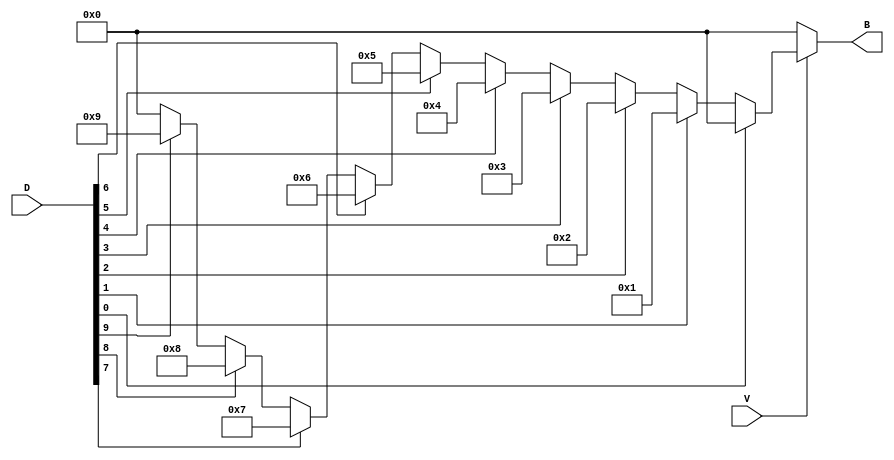
module DecimalToBinaryEncoder (
    input wire [9:0] D, // 10 input lines D0 to D9
    input wire V,       // Valid input signal
    output reg [3:0] B // 4-bit binary output B3 to B0
);

    always @(*) begin
        // Check if valid input is low
        if (!V) begin
            B = 4'b0000; // Define output as 0000 when V is low
        end else begin
            // Default output for invalid condition
            B = 4'b0000; // Default output for no active inputs

            // Priority encoding logic
            case (1'b1) // Check for active input
                D[0]: B = 4'b0000; // D0 -> 0000
                D[1]: B = 4'b0001; // D1 -> 0001
                D[2]: B = 4'b0010; // D2 -> 0010
                D[3]: B = 4'b0011; // D3 -> 0011
                D[4]: B = 4'b0100; // D4 -> 0100
                D[5]: B = 4'b0101; // D5 -> 0101
                D[6]: B = 4'b0110; // D6 -> 0110
                D[7]: B = 4'b0111; // D7 -> 0111
                D[8]: B = 4'b1000; // D8 -> 1000
                D[9]: B = 4'b1001; // D9 -> 1001
                default: B = 4'b0000; // Safety default for invalid states
            endcase
        end
    end
endmodule